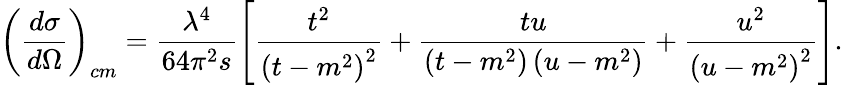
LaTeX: \left(\frac{d\sigma}{d\Omega}\right)_{cm}=\frac{\lambda^{4}}{64\pi^{2}s}\left[\frac{t^{2}}{\left(t-m^{2}\right)^{2}}+\frac{tu}{\left(t-m^{2}\right)\left(u-m^{2}\right)}+\frac{u^{2}}{\left(u-m^{2}\right)^{2}}\right].